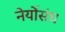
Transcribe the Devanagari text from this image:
नेर्योसंघ